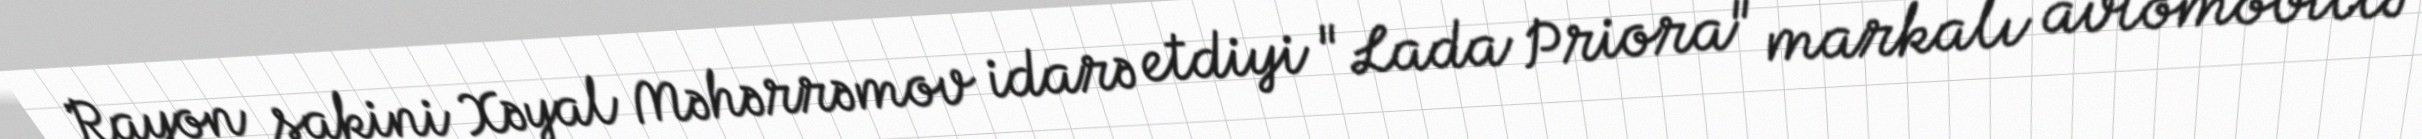
Rayon sakini Xəyal Məhərrəmov idarə etdiyi "Lada Priora" markalı avtomobillə